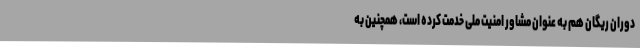
دوران ریگان هم به عنوان مشاور امنیت ملی خدمت کرده است، همچنین به